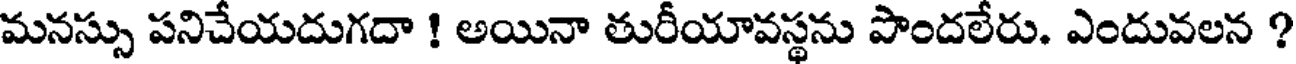
మనస్సు పనిచేయదుగదా ! అయినా తురీయావస్థను పొందలేరు. ఎందువలన ?